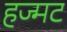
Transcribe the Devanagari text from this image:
हज्मट